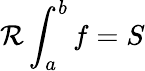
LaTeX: {\mathcal{R}}\int_{a}^{b}f=S